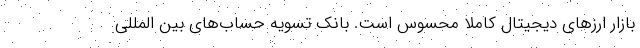
بازار ارزهای دیجیتال کاملاً محسوس است. بانک تسویه حساب‌های بین المللی